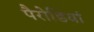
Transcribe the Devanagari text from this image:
पैरोडियां